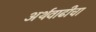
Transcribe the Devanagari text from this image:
अर्थवाढीचा